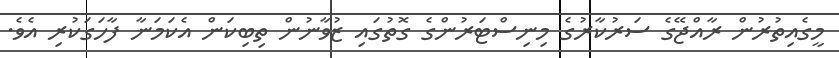
މީގެއިތުރުން ރާއްޖޭގެ ސަރުކާރުގެ މިނިސްޓަރުންގެ ގޮތުގައި ޒުވާނުން ތިބިކަން އެކަމަނާ ފާހަގަކުރި އެވެ.